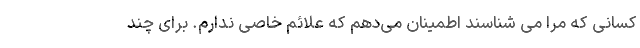
کسانی که مرا می شناسند اطمینان می‌دهم که علائم خاصی ندارم. برای چند